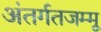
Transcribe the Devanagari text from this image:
अंतर्गतजम्मू